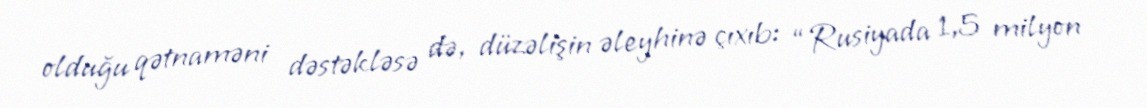
olduğu qətnaməni dəstəkləsə də, düzəlişin əleyhinə çıxıb: “Rusiyada 1,5 milyon